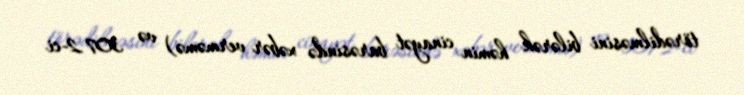
törədilməsini bilərək həmin cinayət barəsində xəbər verməmə) və 307.2-ci